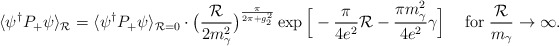
\begin{align*}\langle\psi^{\dagger} P_+\psi\rangle_{\cal{R}}=\langle\psi^{\dagger}P_+\psi\rangle_{{\cal{R}}=0}\cdot\big(\frac{{\cal{R}}}{2m_\gamma^2}\big)^{\frac{\pi}{2\pi+g_2^2}}\exp\Big[-\frac{\pi}{4e^2}{\cal{R}}- \frac{\pi m_\gamma^2}{4e^2}\gamma\Big]\hspace{.5cm}\hbox{for}\;\frac{{\cal{R}}}{m_\gamma}\rightarrow\infty.\end{align*}